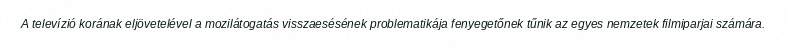
A televízió korának eljövetelével a mozilátogatás visszaesésének problematikája fenyegetőnek tűnik az egyes nemzetek filmiparjai számára.